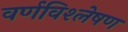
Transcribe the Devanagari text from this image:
वर्णविश्लेषण